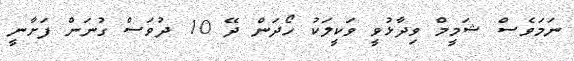
ނަމަވެސް ޝަމީމް ވިދާޅުވީ ވަކީލަކު ހޯދަން ދޭ 10 ދުވަސް ގުނަން ފަށާނީ